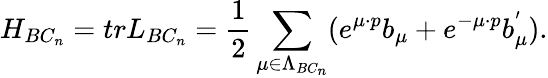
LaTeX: H_{BC_{n}}=trL_{BC_{n}}=\frac{1}{2}\sum_{\mu\in\Lambda_{BC_{n}}}(e^{\mu\cdot p}b_{\mu}+e^{-\mu\cdot p}b_{\mu}^{^{\prime}}).